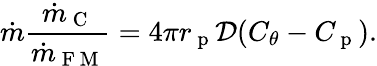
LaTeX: \dot{m}\frac{\dot{m}_{\mathrm{~C~}}}{\dot{m}_{\mathrm{~F~M~}}}=4\pi r_{\mathrm{~p~}}\mathcal{D}(C_{\theta}-C_{\mathrm{~p~}}).